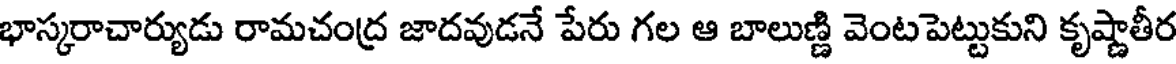
భాస్కరాచార్యుడు రామచంద్ర జాదవుడనే పేరు గల ఆ బాలుణ్ణి వెంటపెట్టుకుని కృష్ణాతీర